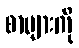
စာများကို